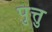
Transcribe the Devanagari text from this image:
पुत्तु